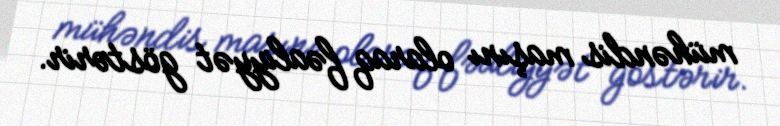
mühəndis maşını olaraq fəaliyyət göstərir.